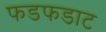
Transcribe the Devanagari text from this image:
फडफडाट